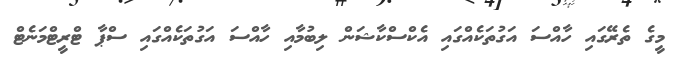
މީގެ ތެރޭގައި ހާއްސަ އަގުތަކެއްގައި އެކްސްކާޝަން ލިބުމާއި ހާއްސަ އަގުތަކެއްގައި ސްޕާ ޓްރީޓްމަނެޓް